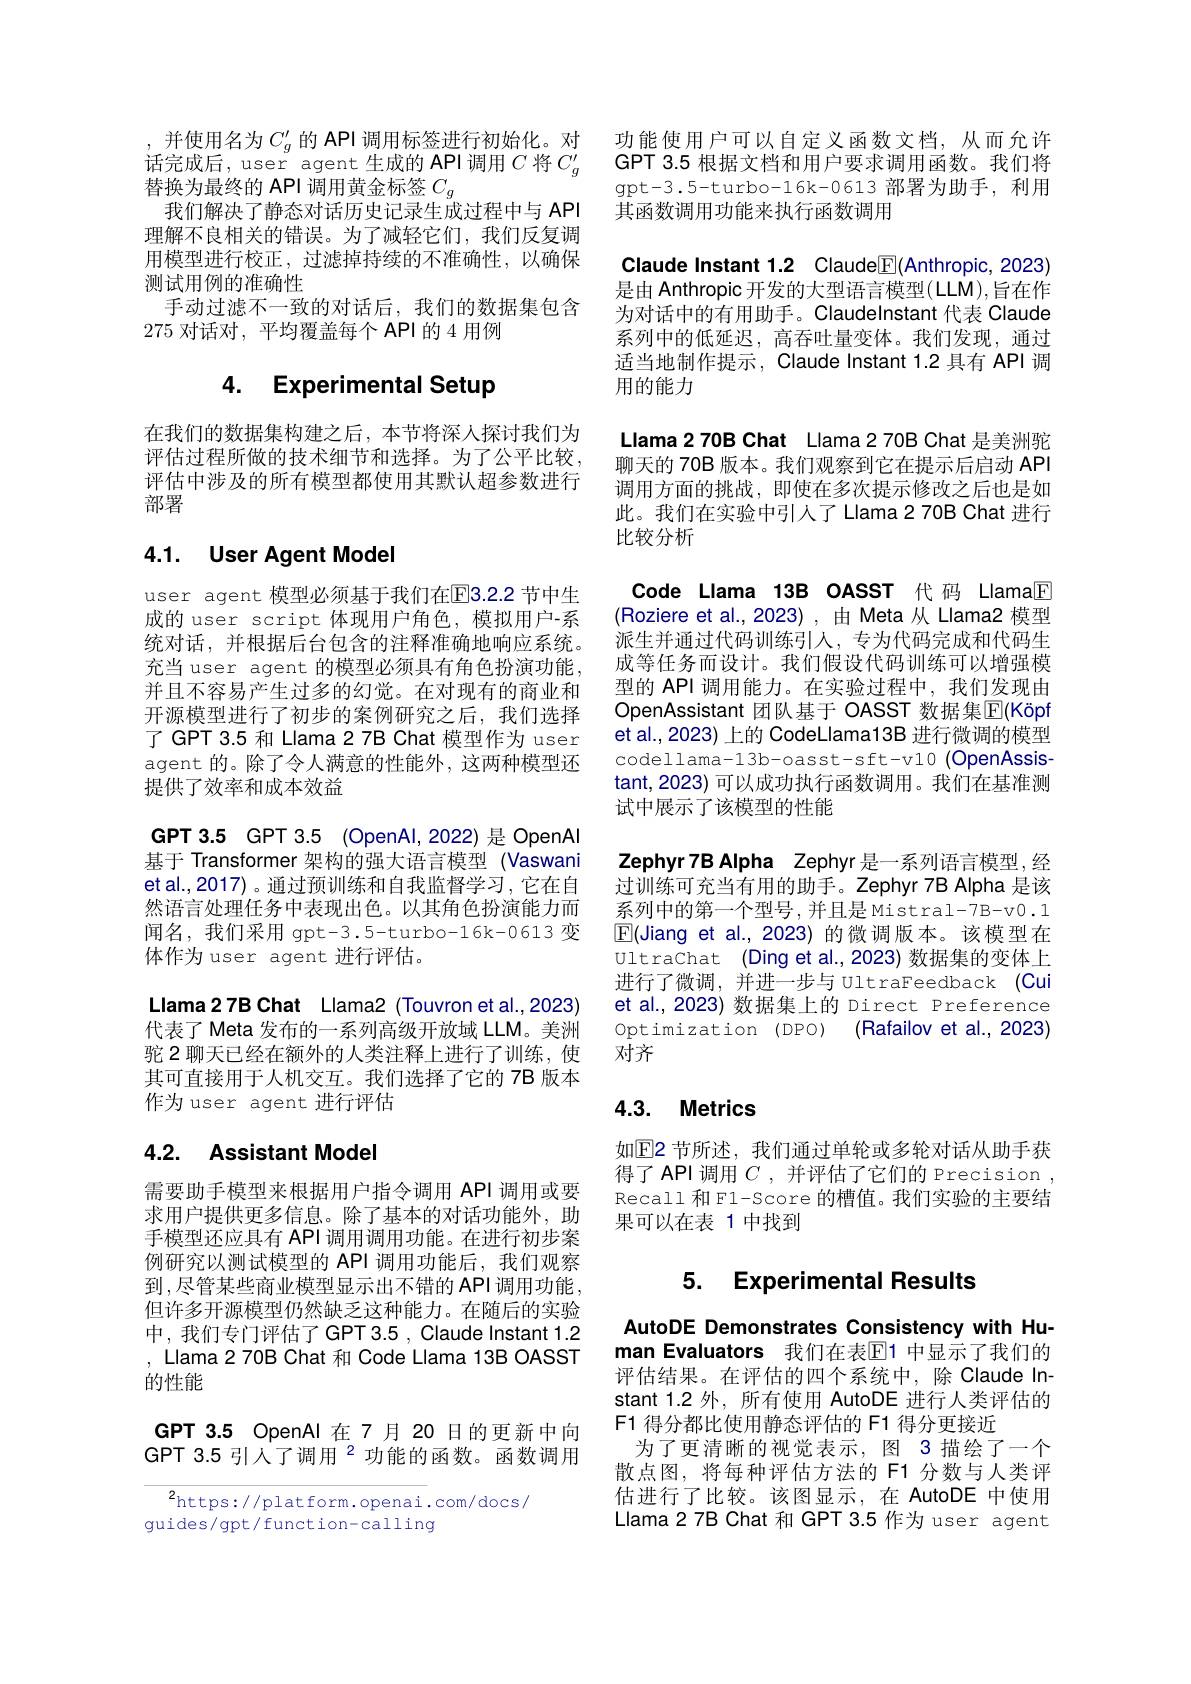
我们解决了静态对话历史记录生成过程中与 API 理解不良相关的错误。为了减轻它们，我们反复调用模型进行校正，过滤掉持续的不准确性，以确保测试用例的准确性
手动过滤不一致的对话后，我们的数据集包含
275对话对，平均覆盖每个 API 的 4 用例

# 4. Experimental Setup

在我们的数据集构建之后，本节将深人探讨我们为评估过程所做的技术细节和选择。为了公平比较， 评估中涉及的所有模型都使用其默认超参数进行部署

# 4.1. User Agent Model

user agent 模型必须基于我们在$\mathbb{E}3.2.2$节中生成的 user script 体现用户角色，模拟用户-系统对话，并根据后台包含的注释准确地响应系统。充当 user agent 的模型必须具有角色扮演功能， 并且不容易产生过多的幻觉。在对现有的商业和开源模型进行了初步的案例研究之后，我们选择了GPT 3.5 和 Llama 2 7B Chat 模型作为 user agent 的。除了令人满意的性能外，这两种模型还提供了效率和成本效益
GPT 3.5 GPT 3.5 (OpenAl,2022) 是 OpenAl 基于 Transformer 架构的强大语言模型 (Vaswani et al.,2017) 。通过预训练和自我监督学习，它在自然语言处理任务中表现出色。以其角色扮演能力而闻名，我们采用 gpt-3.5-turbo-16k-0613 变体作为 user agent 进行评估。
Llama27BChat Llama2(Touvronetal.,2023) 代表了 Meta 发布的一系列高级开放域 LLM。美洲驼 2 聊天已经在额外的人类注释上进行了训练，使其可直接用于人机交互。我们选择了它的 7B 版本作为 user agent 进行评估

## 4.2. Assistant Model

需要助手模型来根据用户指令调用 API 调用或要求用户提供更多信息。除了基本的对话功能外，助手模型还应具有 API 调用调用功能。在进行初步案例研究以测试模型的 API 调用功能后，我们观察到，尽管某些商业模型显示出不错的 API 调用功能， 但许多开源模型仍然缺乏这种能力。在随后的实验中，我们专门评估了GPT 3.5 , Claude Instant 1.2 , Llama 2 70B Chat 和 Code Llama 13B OASST 的性能

GPT 3.5 OpenAl 在 7 月 20 日的更新中向GPT 3.5 引人了调用$^{2}$功能的函数。函数调用

$^{2}$https://platform.openai.com/docs/
guides/ gpt/ funct ion-calling

,并 使 用 名 为 $C_{g}^{\prime }$ 的 APl 调 用 标 签 进 行 初 始 化 。对 功 能 使 用 户 可 以 自 定 义 函 数 文 档 , 从 而 允 许 话 完 成 后 , user agent 生 成 的 APl 调 用 $C$ 将 $C_{g}^{\prime }$GPT 3. 5 根 据 文 档 和 用 户 要 求 调 用 函 数 。我 们 将 替 换 为 最 终 的 API 调 用 黄 金 标 签 $C_{g}$gpt- 3. 5- turbo- 16k- 0613 部 署 为 助 手 , 利 用
其函数调用功能来执行函数调用

Claude Instant 1.2 Claude$\boxed{\mathbb{F}}($Anthropic, 2023) 是由 Anthropic 开发的大型语言模型(LLM),旨在作为对话中的有用助手。Claudelnstant 代表 Claude 系列中的低延迟，高吞吐量变体。我们发现，通过适当地制作提示，Claude Instant 1.2 具有 API 调用的能力
Llama270B Chat Llama270B Chat 是美洲驼聊天的 70B 版本。我们观察到它在提示后启动 API 调用方面的挑战，即使在多次提示修改之后也是如此。我们在实验中引人了 Llama 2 70B Chat 进行比较分析
Code Llama 13B OASST 代码 LlamaE (Roziere et al.,2023) , 由 Meta 从 Llama2 模型派生并通过代码训练引人，专为代码完成和代码生成等任务而设计。我们假设代码训练可以增强模型的 API 调用能力。在实验过程中，我们发现由OpenAssistant 团队基于 OASST 数据集$\overline{\mathbb{E}}(K\ddot{o}pt)$ et al., 2023) 上的 CodeLlama13B 进行微调的模型codellama-13b-oasst-sft-v10 (OpenAssis tant, 2023) 可以成功执行函数调用。我们在基准测试中展示了该模型的性能
Zephyr7B Alpha Zephyr 是一系列语言模型，经过训练可充当有用的助手。Zephyr 7B Alpha 是该系列中的第一个型号，并且是 Mistral-7B-v0.1 $\boxed{\mathbb{E}}($Jiang et al.,2023) 的微调版本。该模型在Ultrachat (Ding et al.,2023) 数据集的变体上进行了微调，并进一步与 UltraFeedback (Cui et al.,2023) 数据集上的 Direct Preference Optimization (DPO) (Rafailov et al., 2023对齐

# 4.3. Metrics

如$\mathbb{E}$2 节所述，我们通过单轮或多轮对话从助手获得了 API 调用$C$ ,并评估了它们的 Precision , Recall 和 F1-Score 的槽值。我们实验的主要结果可以在表 1 中找到

# 5. Experimental Results

AutoDE Demonstrates Consistency with Human Evaluators 我们在表$\mathbb{E}$1 中显示了我们的评估结果。在评估的四个系统中，除 Claude Instant 1.2 外，所有使用 AutoDE 进行人类评估的F1 得分都比使用静态评估的 F1 得分更接近
为了更清晰的视觉表示，图 3 描绘了一个散点图，将每种评估方法的 F1 分数与人类评估进行了比较。该图显示，在 AutoDE 中使用Llama27B Chat 和 GPT 3.5 作为 user agent